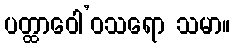
ပတ္ထာဝေါ’ဝသရော သမာ။